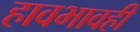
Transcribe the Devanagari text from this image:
हावभावही